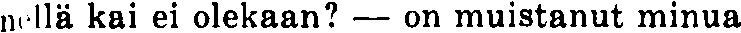
nellä kai ei olekaan? — on muistanut minua